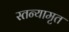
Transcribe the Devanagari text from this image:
स्तन्यामृत